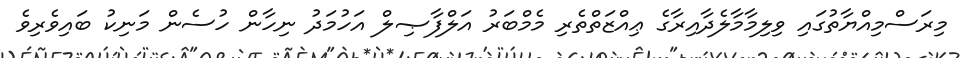
މިރަސްމިއްޔާތުގައި ވިލިމާމާލެދާއިރާގެ ޢިއްޒަތްތެރި މެމްބަރު އަލްފާޞިލް އަހުމަދު ނިހާން ހުސެން މަނިކު ބައިވެރިވެ